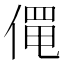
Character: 𬿄